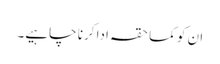
ان کو کما حقہ ادا کرنا چاہیے۔